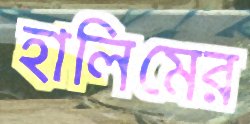
হালিমের